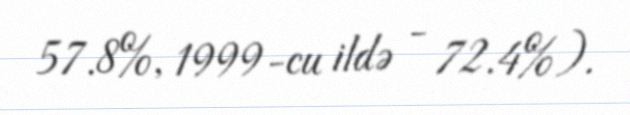
57.8%, 1999-cu ildə - 72.4%).